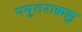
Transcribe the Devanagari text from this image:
पयुतराक्कल्लु